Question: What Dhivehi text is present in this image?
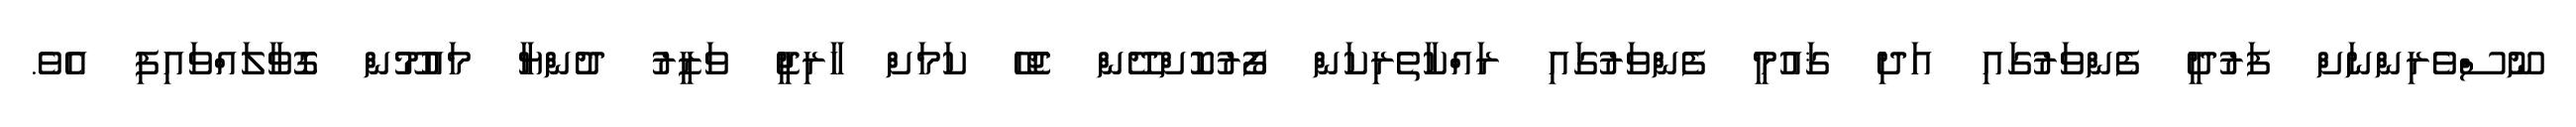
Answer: ނޫސްވެރިންނަށް ފަރުދީ ފެންވަރުގައި އަދި ޤައުމީ ފެންވަރުގައި ރައްކާތެރިކަން ފޯރުކޮށްދޭން ޖެހޭ ކަމަށް ހާރިޖީ ވަޒީރު ދުންޔާ މައުމޫން ގޮވާލައްވައިފި އެވެ.